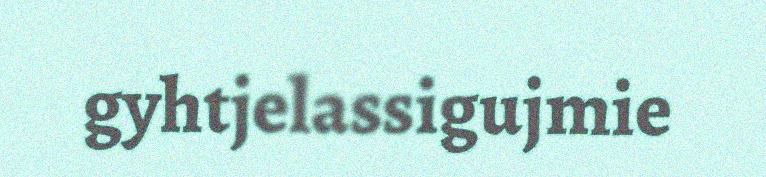
gyhtjelassigujmie